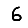
Digit: 6